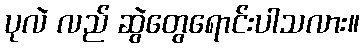
ပုလဲ လည် ဆွဲတွေရောင်းပါသလား။